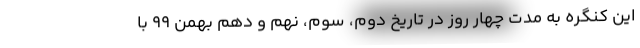
این کنگره به مدت چهار روز در تاریخ دوم، سوم، نهم و دهم بهمن ۹۹ با